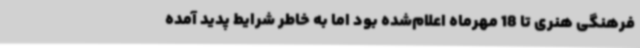
فرهنگی هنری تا 18 مهرماه اعلام‌شده بود اما به خاطر شرایط پدید آمده